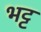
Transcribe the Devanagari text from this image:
भट्ट़